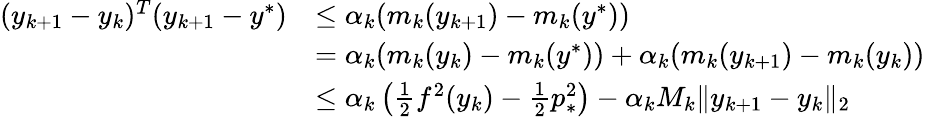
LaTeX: \begin{array}{rl}{(y_{k+1}-y_{k})^{T}(y_{k+1}-y^{*})}&{\leq\alpha_{k}(m_{k}(y_{k+1})-m_{k}(y^{*}))}\\ &{=\alpha_{k}(m_{k}(y_{k})-m_{k}(y^{*}))+\alpha_{k}(m_{k}(y_{k+1})-m_{k}(y_{k}))}\\ &{\leq\alpha_{k}\left(\frac{1}{2}f^{2}(y_{k})-\frac{1}{2}p_{*}^{2}\right)-\alpha_{k}M_{k}\| y_{k+1}-y_{k}\| _{2}}\end{array}